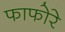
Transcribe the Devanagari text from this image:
फाफोरे